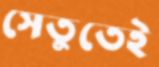
সেতুতেই